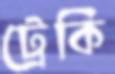
ট্রেকি